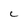
Character: C